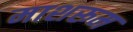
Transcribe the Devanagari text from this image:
माशरूम